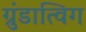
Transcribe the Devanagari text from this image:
ग्रुंडात्विग